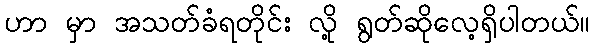
ဟာ မှာ အသတ်ခံရတိုင်း လို့ ရွတ်ဆိုလေ့ရှိပါတယ်။